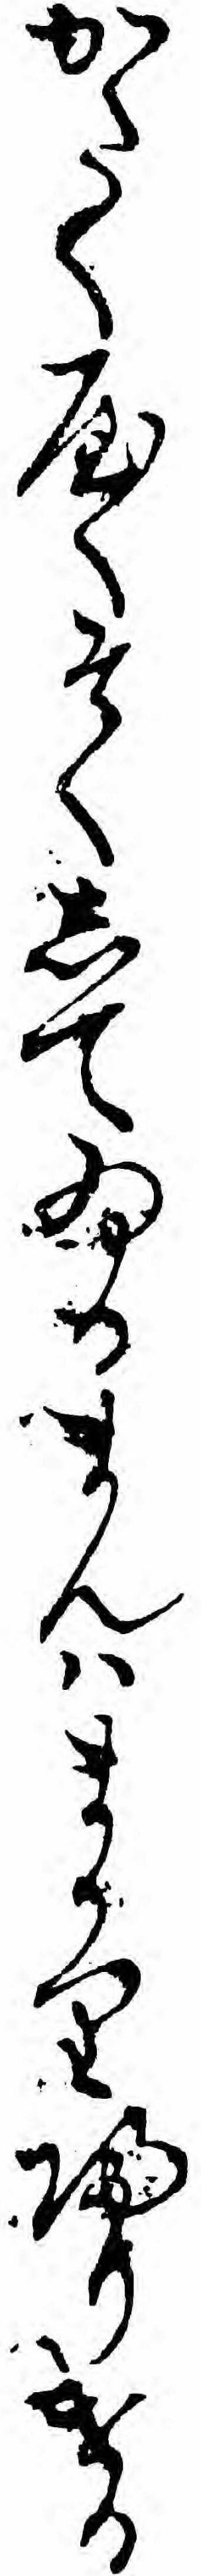
かたくやくそくしてゐるまんハまかり帰りける